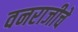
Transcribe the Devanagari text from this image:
वनराजीचे